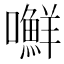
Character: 𰉉